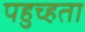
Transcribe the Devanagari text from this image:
पहुच्हता